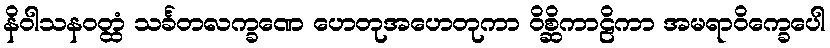
နိဝါသနဝတ္ထံ သင်္ခတလက္ခဏေ ဟေတုအဟေတုကာ ဝိစ္ဆိကာဠိကာ အမရာဝိက္ခေပေါ